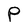
Character: P